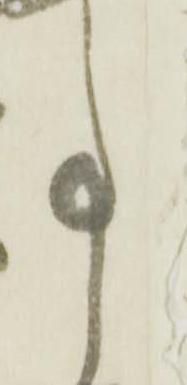
事